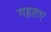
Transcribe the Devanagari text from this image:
गहराए